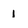
Character: 1